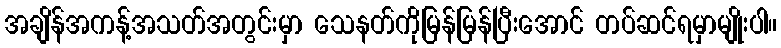
အချိန်အကန့်အသတ်အတွင်းမှာ သေနတ်ကိုမြန်မြန်ပြီးအောင် တပ်ဆင်ရမှာမျိုးပါ။